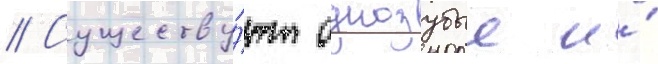
// Существу́ют однозубые и́